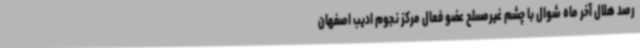
رصد هلال آخر ماه شوال با چشم غیرمسلح عضو فعال مرکز نجوم ادیب اصفهان